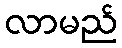
လာမည်